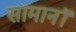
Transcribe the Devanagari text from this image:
सामानॉ